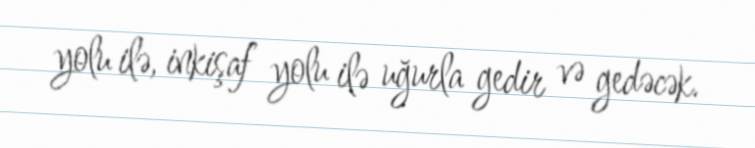
yolu ilə, inkişaf yolu ilə uğurla gedir və gedəcək.